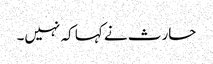
حارث نے کہا کہ نہیں۔